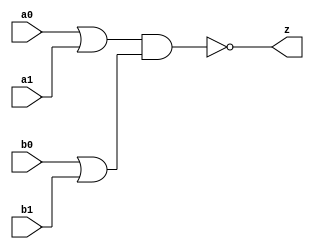
// This program was cloned from: https://github.com/siliconcompiler/lambdalib
// License: MIT License

//#############################################################################
//# Function: Or-And-Inverter (oai22) Gate                                    #
//# Copyright: Lambda Project Authors. All rights Reserved.                   #
//# License:  MIT (see LICENSE file in Lambda repository)                     #
//#############################################################################

module la_oai22 #(
    parameter PROP = "DEFAULT"
) (
    input  a0,
    input  a1,
    input  b0,
    input  b1,
    output z
);

    assign z = ~((a0 | a1) & (b0 | b1));

endmodule